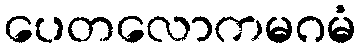
ပေတလောကမဂမံ